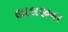
લાલજીના